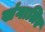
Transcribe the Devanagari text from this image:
खंगालिए